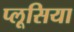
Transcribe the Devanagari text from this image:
प्लूसिया